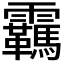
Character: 𬰕